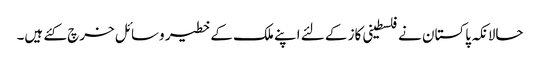
حالانکہ پاکستان نے فلسطینی کاز کے لئے اپنے ملک کے خطیر وسائل خرچ کئے ہیں۔